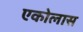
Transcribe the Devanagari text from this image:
एकोलास